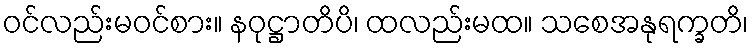
ဝင်လည်းမဝင်စား။ နဝုဋ္ဌာတိပိ၊ ထလည်းမထ။ သစေအနုရက္ခတိ၊